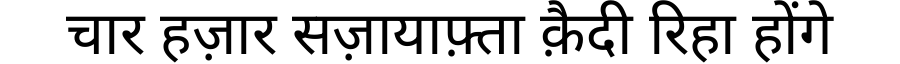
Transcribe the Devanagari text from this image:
चार हज़ार सज़ायाफ़्ता क़ैदी रिहा होंगे